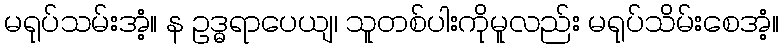
မရုပ်သမ်းအံ့။ န ဥဒ္ဓရာပေယျ၊ သူတစ်ပါးကိုမူလည်း မရုပ်သိမ်းစေအံ့။